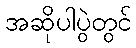
အဆိုပါပွဲတွင်